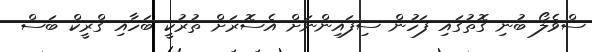
ސްވެލޯ ބުނި ގޮތުގައި ފަހުން ސިފައިންނަށް އެސޮރަށް ތުރުކީ ބަހާއި ގްރީކް ބަސް